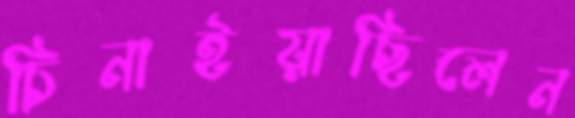
চিনাইয়াছিলেন